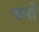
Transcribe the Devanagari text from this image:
यनों